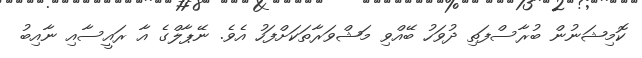
ކޮމިޝަނުން ބުރާސްފަތި ދުވަހު ބޭއްވި މަޝްވަރާތަކަށްފަހު އެވެ. ނޭޕާލްގެ އާ ރައީސާއި ނާއިބު